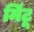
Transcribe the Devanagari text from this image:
मिंटू